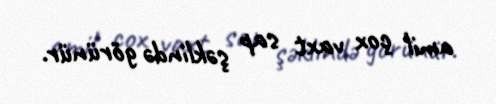
amil çox vaxt sap şəklində görünür.